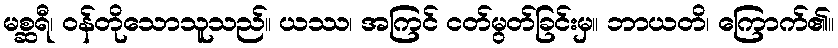
မစ္ဆရီ၊ ဝန်တိုသောသူသည်။ ယဿ၊ အကြင် ငတ်မွတ်ခြင်းမှ။ ဘာယတိ၊ ကြောက်၏။